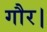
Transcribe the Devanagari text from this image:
गौर।